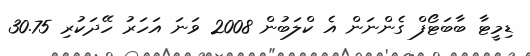
ޑިމީޓާ ބާބަޓޯފް ގެންނަން އެ ކްލަބުން 2008 ވަނަ އަހަރު ހޭދަކުރި 30.75